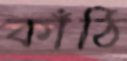
কাঁঠি